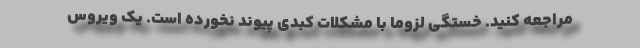
مراجعه کنید. خستگی لزوما با مشکلات کبدی پیوند نخورده است. یک ویروس